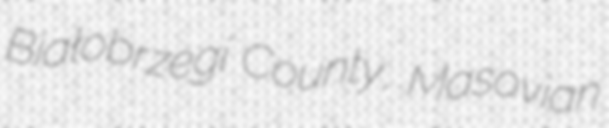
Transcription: Białobrzegi County, Masovian